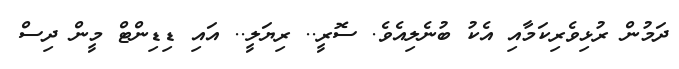
ދަމުން ރުޅިވެރިކަމާއި އެކު ބުނެލިއެވެ. ސޮރީ.. ރިޔަލީ.. އައި ޑިޑިންޓް މީން ދިސް